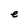
Character: e